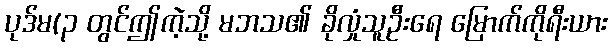
ပုဒ်မ(၃ တွင်ဤကဲ့သို့ မဘသ၏ ခိုလှုံသူဦးရေ မြောက်ကိုရီးယား